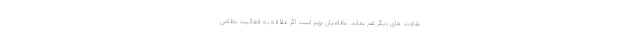
تفاوت های دیگر هم بماند. نظامیان بهتر است اگر علاقه به فعالیت نظامی